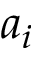
a _ { i }